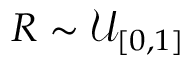
R \sim \mathcal { U } _ { [ 0 , 1 ] }